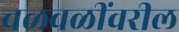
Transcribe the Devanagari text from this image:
चळवळींवरील